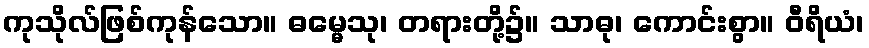
ကုသိုလ်ဖြစ်ကုန်သော။ ဓမ္မေသု၊ တရားတို့၌။ သာဓု၊ ကောင်းစွာ။ ဝီရိယံ၊